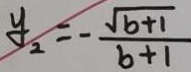
y _ { 2 } = - \frac { \sqrt { b + 1 } } { b + 1 }